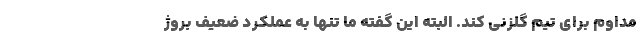
مداوم برای تیم گلزنی کند. البته این گفته ما تنها به عملکرد ضعیف بروژ